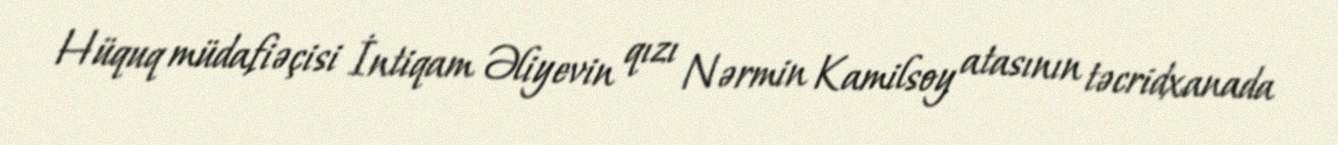
Hüquq müdafiəçisi İntiqam Əliyevin qızı Nərmin Kamilsoy atasının təcridxanada